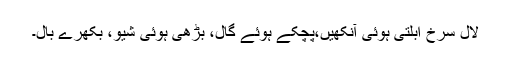
لال سرخ ابلتی ہوئی آنکھیں،پچکے ہوئے گال، بڑھی ہوئی شیو، بکھرے بال۔